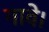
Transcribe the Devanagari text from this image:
गावे।